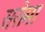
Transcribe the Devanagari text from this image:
सरोमा